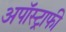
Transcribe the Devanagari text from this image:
अपॉस्ट्राफी